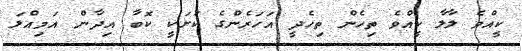
ކީއްވެ ލާލާ ކީއްވެ ތިހެން ތިހެދީ އަހަރެންގެ ކުށަކީ ކޮބާ އިދާން އަމިއްލަ